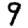
Digit: 9